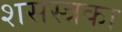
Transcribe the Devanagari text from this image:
शसस्त्रका